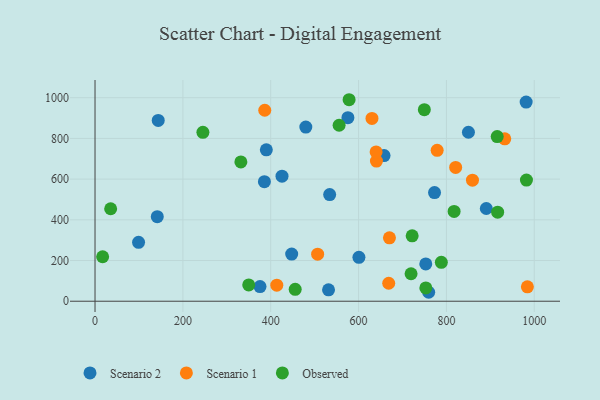
{"axis": {"x": "Distance", "y": "Demand"}, "legend": ["Observed", "Scenario 1", "Scenario 2"], "data": [{"x": "890.8", "y": 455.6, "type": "Scenario 2"}, {"x": "447.7", "y": 231.9, "type": "Scenario 2"}, {"x": "425.7", "y": 614.3, "type": "Scenario 2"}, {"x": "141.7", "y": 415.4, "type": "Scenario 2"}, {"x": "658.0", "y": 715.7, "type": "Scenario 2"}, {"x": "99.1", "y": 289.3, "type": "Scenario 2"}, {"x": "759.6", "y": 44.0, "type": "Scenario 2"}, {"x": "479.9", "y": 855.5, "type": "Scenario 2"}, {"x": "753.0", "y": 183.4, "type": "Scenario 2"}, {"x": "600.8", "y": 215.7, "type": "Scenario 2"}, {"x": "981.5", "y": 978.6, "type": "Scenario 2"}, {"x": "850.1", "y": 830.2, "type": "Scenario 2"}, {"x": "390.0", "y": 743.9, "type": "Scenario 2"}, {"x": "534.2", "y": 524.0, "type": "Scenario 2"}, {"x": "143.9", "y": 888.2, "type": "Scenario 2"}, {"x": "375.6", "y": 72.2, "type": "Scenario 2"}, {"x": "575.7", "y": 901.7, "type": "Scenario 2"}, {"x": "385.6", "y": 587.6, "type": "Scenario 2"}, {"x": "531.6", "y": 56.1, "type": "Scenario 2"}, {"x": "772.9", "y": 534.0, "type": "Scenario 2"}, {"x": "413.8", "y": 79.0, "type": "Scenario 1"}, {"x": "506.8", "y": 231.0, "type": "Scenario 1"}, {"x": "821.0", "y": 657.5, "type": "Scenario 1"}, {"x": "640.7", "y": 688.9, "type": "Scenario 1"}, {"x": "630.5", "y": 898.4, "type": "Scenario 1"}, {"x": "932.8", "y": 798.1, "type": "Scenario 1"}, {"x": "778.9", "y": 741.7, "type": "Scenario 1"}, {"x": "639.9", "y": 733.5, "type": "Scenario 1"}, {"x": "668.6", "y": 88.3, "type": "Scenario 1"}, {"x": "386.4", "y": 938.4, "type": "Scenario 1"}, {"x": "670.3", "y": 311.6, "type": "Scenario 1"}, {"x": "984.3", "y": 71.0, "type": "Scenario 1"}, {"x": "859.3", "y": 594.9, "type": "Scenario 1"}, {"x": "555.7", "y": 864.8, "type": "Observed"}, {"x": "817.5", "y": 441.2, "type": "Observed"}, {"x": "788.4", "y": 191.4, "type": "Observed"}, {"x": "455.7", "y": 58.6, "type": "Observed"}, {"x": "915.6", "y": 808.8, "type": "Observed"}, {"x": "349.9", "y": 80.0, "type": "Observed"}, {"x": "332.0", "y": 684.6, "type": "Observed"}, {"x": "245.6", "y": 829.8, "type": "Observed"}, {"x": "722.0", "y": 321.5, "type": "Observed"}, {"x": "719.5", "y": 135.0, "type": "Observed"}, {"x": "17.3", "y": 218.6, "type": "Observed"}, {"x": "916.6", "y": 437.8, "type": "Observed"}, {"x": "753.1", "y": 65.2, "type": "Observed"}, {"x": "749.7", "y": 941.4, "type": "Observed"}, {"x": "35.6", "y": 454.5, "type": "Observed"}, {"x": "578.4", "y": 990.1, "type": "Observed"}, {"x": "982.2", "y": 595.2, "type": "Observed"}]}